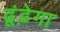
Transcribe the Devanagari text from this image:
ढूंढ़ेगा